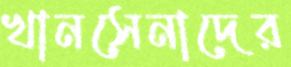
খানসেনাদের